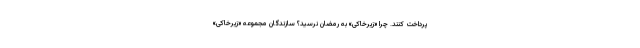
پرداخت کنند. چرا «زیرخاکی» به رمضان نرسید؟ سازندگان مجموعه «زیرخاکی»